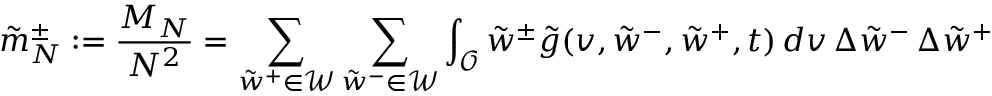
\tilde { m } _ { N } ^ { \pm } : = \frac { M _ { N } } { N ^ { 2 } } = \sum _ { \tilde { w } ^ { + } \in \mathcal { W } } \sum _ { \tilde { w } ^ { - } \in \mathcal { W } } \int _ { \mathcal { O } } \tilde { w } ^ { \pm } \tilde { g } ( v , \tilde { w } ^ { - } , \tilde { w } ^ { + } , t ) \, d v \, \Delta { \tilde { w } ^ { - } } \, \Delta { \tilde { w } ^ { + } }